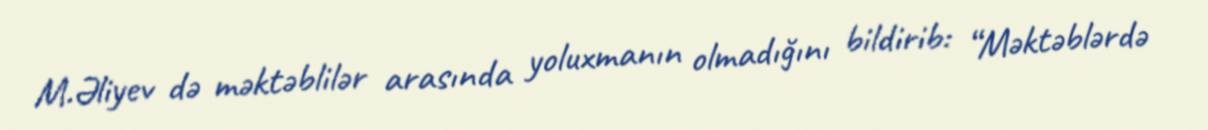
M.Əliyev də məktəblilər arasında yoluxmanın olmadığını bildirib: “Məktəblərdə